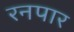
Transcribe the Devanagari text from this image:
रनपार